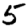
Digit: 5